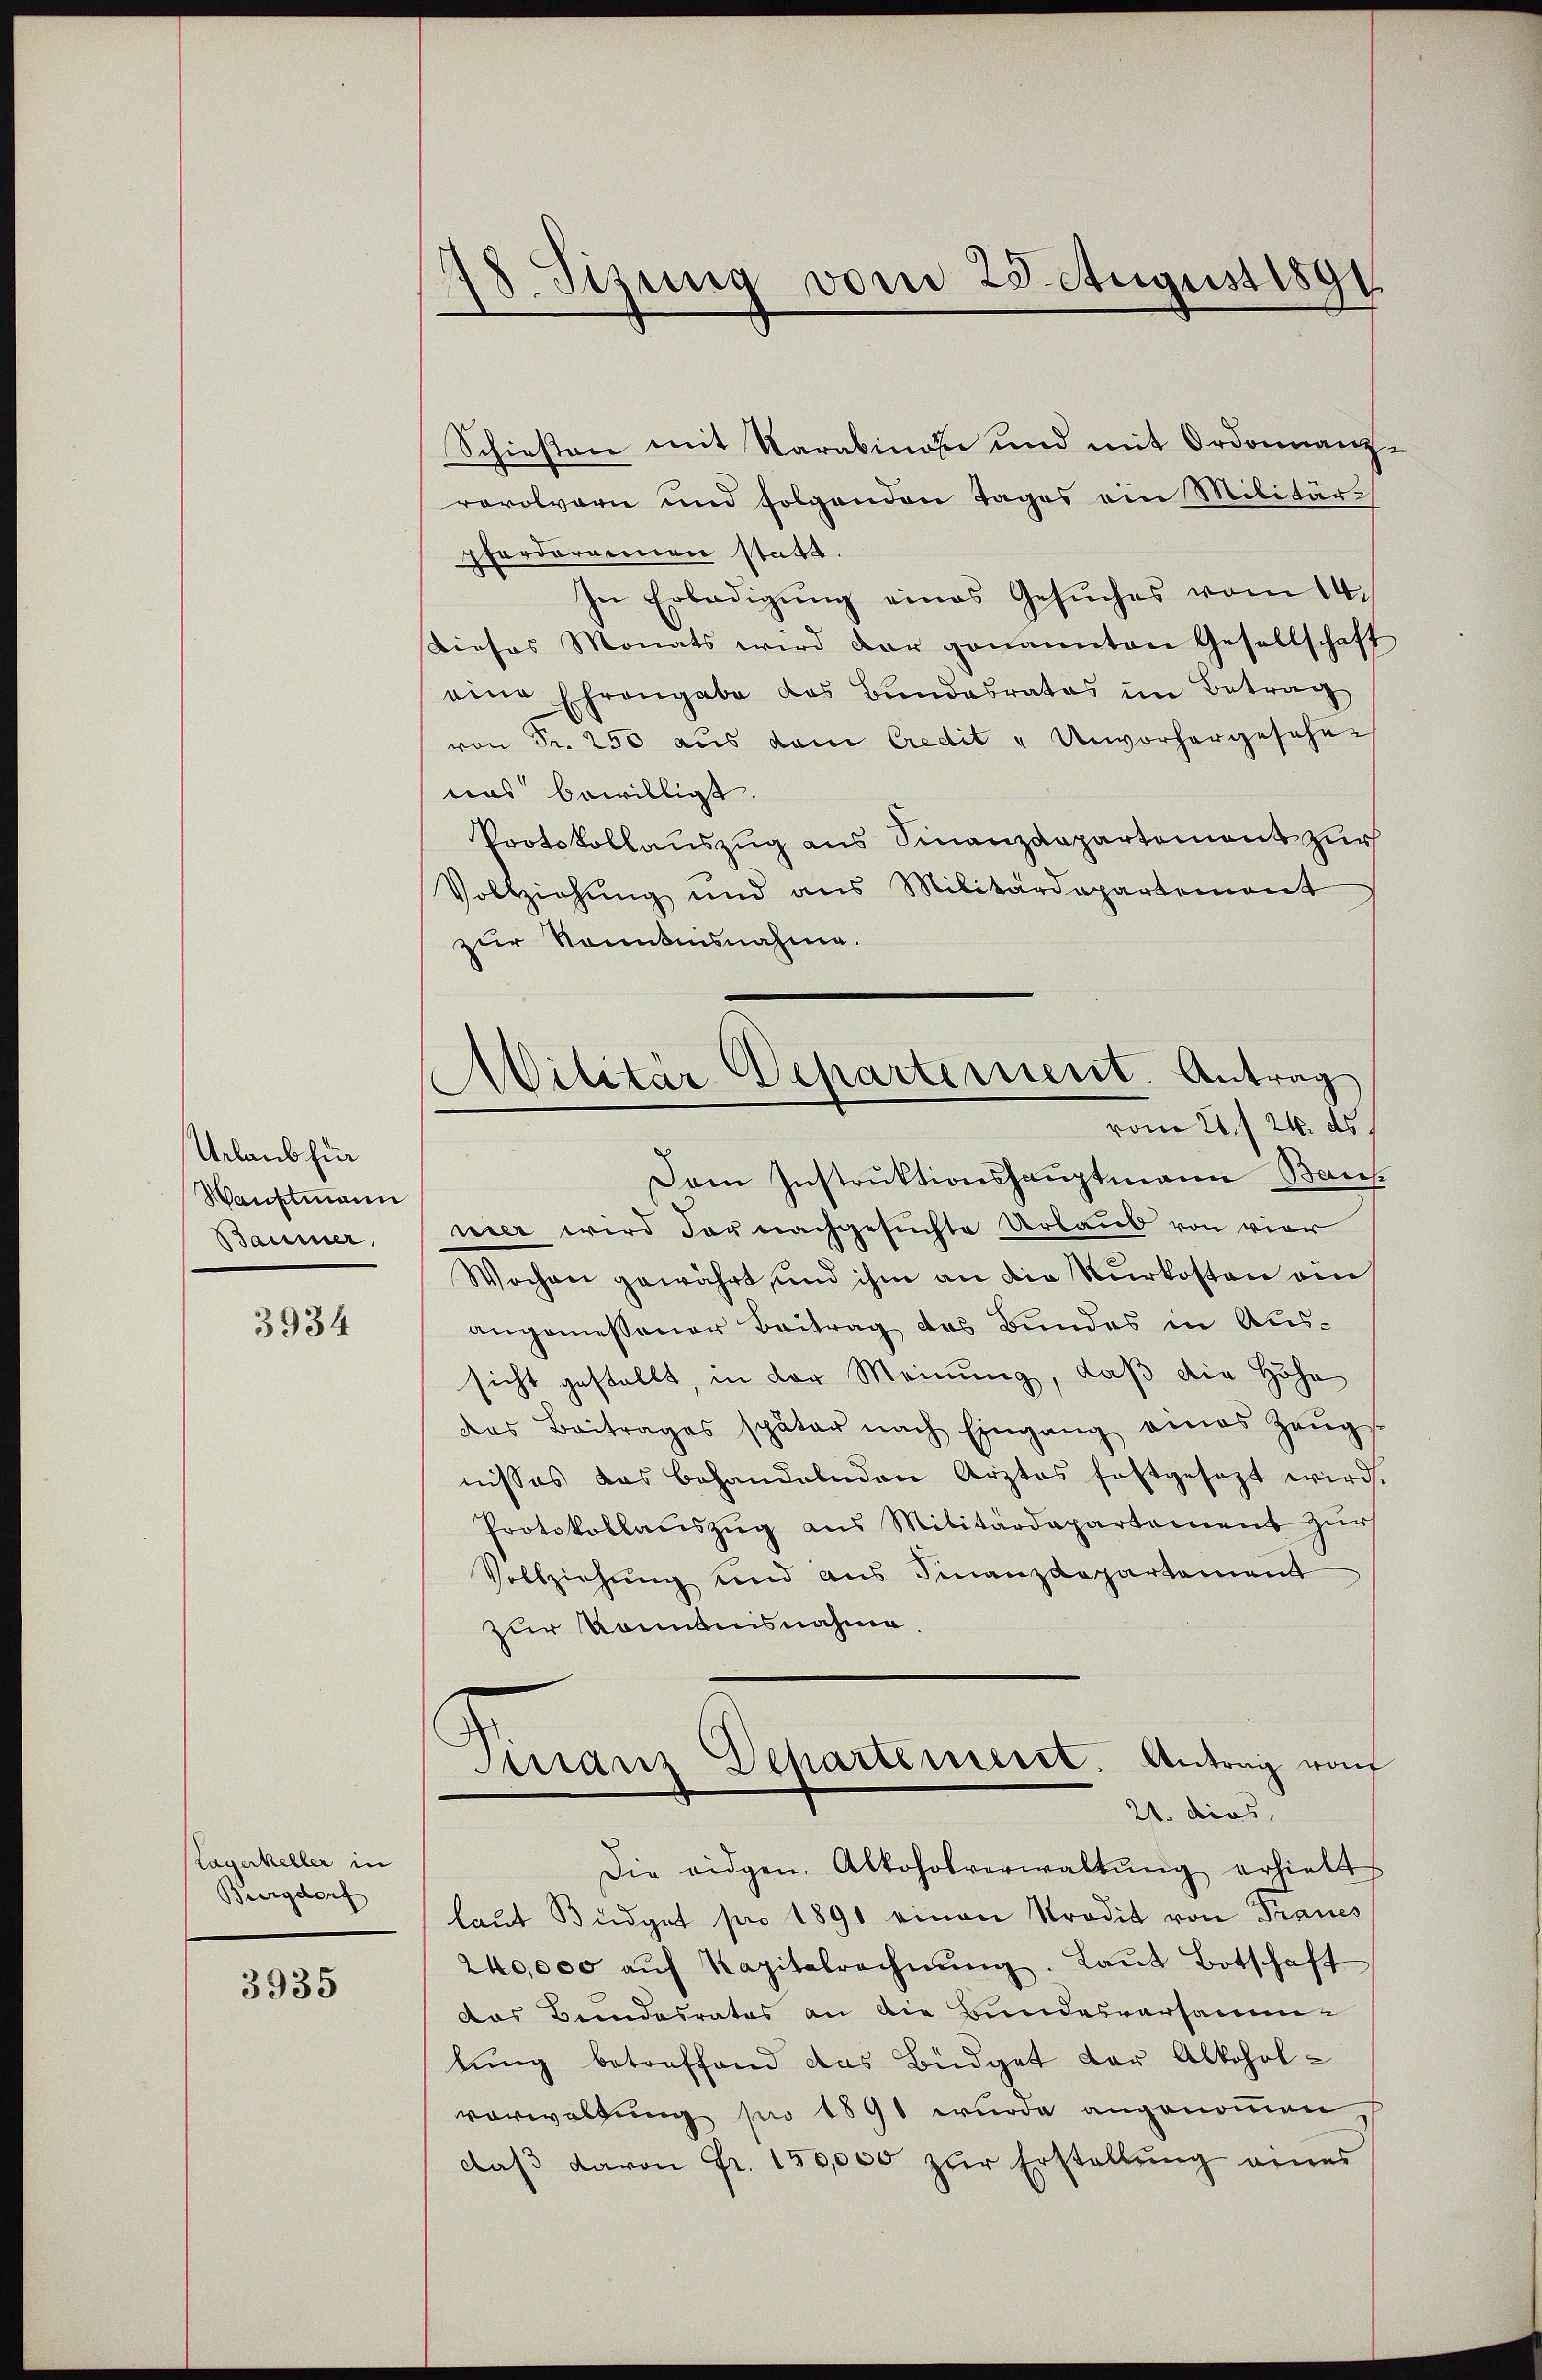
Urlaubhin
Hauptmann
Baumer,

3934

Lagerkeller in
Burgdorf

3935

d. Tizung vom 25. August 1891

Schiesen mit Karabina und mit Ordonnanz-
rovolvorn und folgenden Tages am Militärpforderainen statt.
In Erledigŭng eines Gesŭches vom 14.
dieses Monats wird der genannten Gesellschaft
eine Ehrengabe das Bundesrates im Betrag
von Fr. 250 aus dem Credit " Unvorhergesehen
was bewilligt.
Protokollauszug aus Finanzdepartement zur
Vollziehung und aus Militärdepartement
zur Sonntensnahme.
Dam Instruktionshauptmann Baus
nier wird der nachgesuchte Urlaub von vier
Wochen gewährt, und ihm an die Kurkosten ein
angemessener Beitrag des Bundes in Aussicht gestellt, in der Meinung, daß die Höhe
das Beitrages später nach Eingang eines Zeŭgs-
nisses das behandelnden Arztes festgesezt wird.
Protokollauszug aus Militärdepartement zur
Vollziehung und aus Finanzdepartement
zur Kenntnisnahme.
Manz Departemeist. Antrag nach
21. dies
Die eidgen. Alkoholverwaltŭng erhielt,
laut Budget pro 1890 einen Prodik von Traues
240,000 aŭf Kapitalrechnŭng. Laŭt Botschaft
das Bundesrates an die Bundesversammlung betreffend das Büdget der Alkoholvorwaltung pro 1891 wurde angenommen,
daβ davon Fr. 150,000 zŭr Erstellŭng eines

Militär-Departement. Antrag
vom 21. 24. ds.